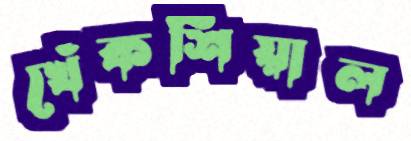
খেঁকশিয়াল